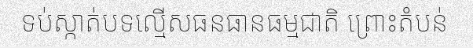
ទប់ស្កាត់បទល្មើសធនធានធម្មជាតិ ព្រោះតំបន់